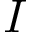
I